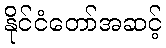
နိုင်ငံတော်အဆင့်